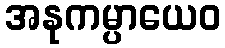
အနုကမ္ပာယေဝ